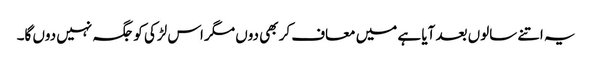
یہ اتنے سالوں بعد آیا ہے میں معاف کر بھی دوں مگر اس لڑکی کو جگہ نہیں دوں گا۔